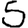
Digit: 5